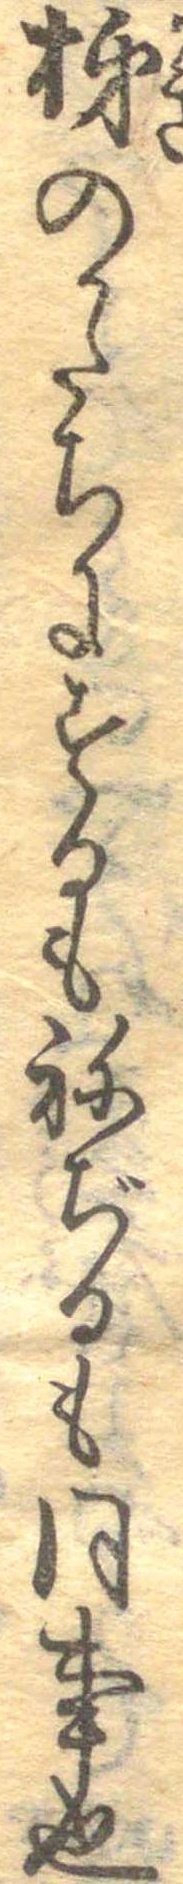
柿のかたちにするもねぢるも同事也